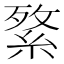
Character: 𦁘